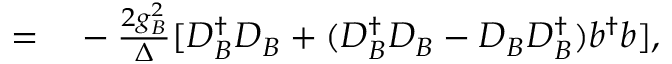
\begin{array} { r l } { = } & { { } - \frac { 2 g _ { B } ^ { 2 } } { \Delta } [ D _ { B } ^ { \dagger } D _ { B } + ( D _ { B } ^ { \dagger } D _ { B } - D _ { B } D _ { B } ^ { \dagger } ) b ^ { \dagger } b ] , } \end{array}